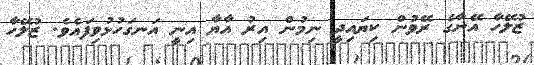
ޒުލޭހާ އޭނާގެ ރޭވުން ކިޔައިދީ ނިމުން އިރު އާޔާ އިނީ އަނގަހުޅުވިފައެވެ. ޒުލޭހާ